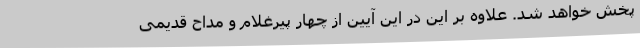
پخش خواهد شد. علاوه بر این در این آیین از چهار پیرغلام و مداح قدیمی